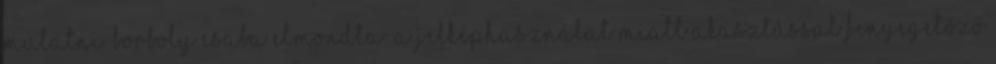
mutatni. Borboly Csaba elmondta: a jelképhasználat miatt akasztással fenyegetőző